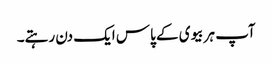
آپ ہر بیوی کے پاس ایک دن رہتے۔